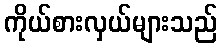
ကိုယ်စားလှယ်များသည်